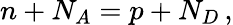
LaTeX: n+N_{A}=p+N_{D}\, ,